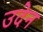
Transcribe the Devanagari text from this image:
उदेन